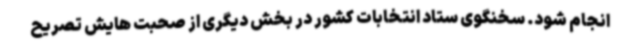
انجام شود. سخنگوی ستاد انتخابات کشور در بخش دیگری از صحبت هایش تصریح